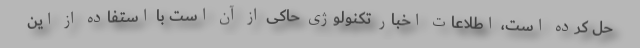
حل کرده است، اطلاعات اخبار تکنولوژی حاکی از آن است با استفاده از این